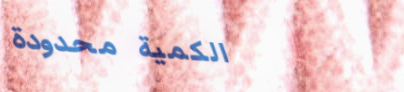
الكمية محدودة